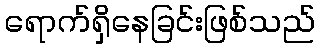
ရောက်ရှိနေခြင်းဖြစ်သည်